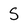
Character: s